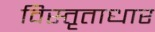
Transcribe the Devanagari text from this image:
विस्तृताधार